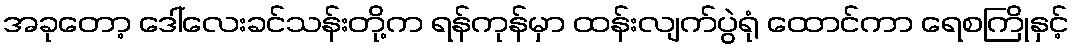
အခုတော့ ဒေါ်လေးခင်သန်းတို့က ရန်ကုန်မှာ ထန်းလျက်ပွဲရုံ ထောင်ကာ ရေစကြိုနှင့်